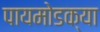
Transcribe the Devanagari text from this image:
पायमोडक्या